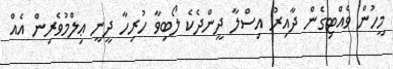
މީހުން ވެއްޓިގެން ދާއިރު އިސްލާ ދީންދެކެ ލޯބިވާ ހުރިހާ ދީނީ ޢިލްމުވެރިން އެއް